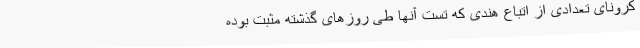
کرونای تعدادی از اتباع هندی که تست آنها طی روزهای گذشته مثبت بوده